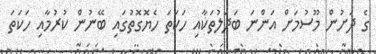
ގެ ދަށުން މޫސުމަށް އަންނަ ބަދަލުތަކާއި ހަކަތަ ހެޔޮގޮތުގައި ބޭނުން ކުރުމާއި ހަކަތަ